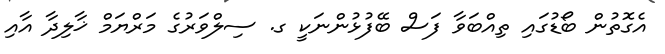
އެގޮތުން ބޯޑުގައި ތިއްބަވާ ފަސް ބޭފުޅުންނަކީ ގ. ސިލްވަރުގެ މަރްޔަމް ޚާލިދާ އާއި